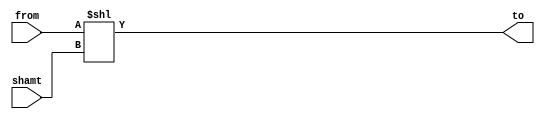
module ShiftLeftN(
    from,
    shamt,
    to
);
    input wire [31:0] from;
    input wire [4:0] shamt;
    output wire [31:0] to;

    assign to = from << shamt;
endmodule